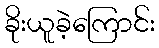
ခိုးယူခဲ့ကြောင်း